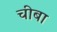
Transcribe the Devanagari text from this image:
चीबा